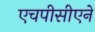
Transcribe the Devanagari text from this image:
एचपीसीएने